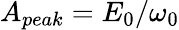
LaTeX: A_{peak}=E_{0}/\omega_{0}